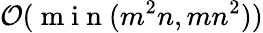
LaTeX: \mathcal{O}(\mathrm{~m~i~n~}(m^{2}n,mn^{2}))